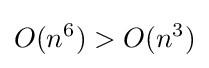
O(n^{6})>O(n^{3})